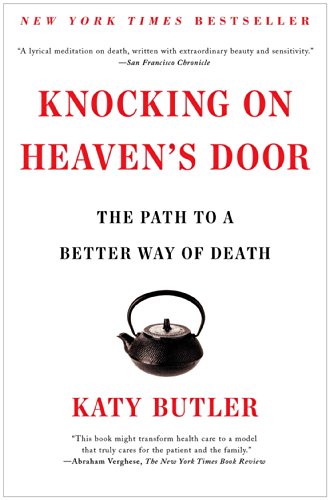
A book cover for Knocking on Heaven's Door: The Path to a Better Way of Death; Katy Butler; Self-Help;